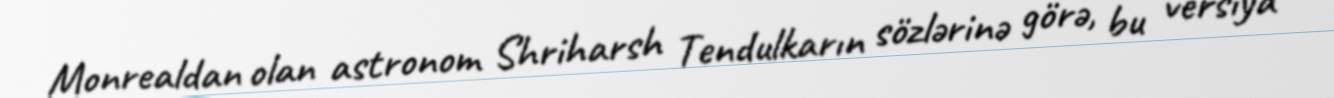
Monrealdan olan astronom Shriharsh Tendulkarın sözlərinə görə, bu versiya